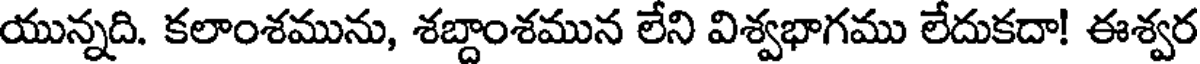
యున్నది. కలాంశమును, శబ్దాంశమున లేని విశ్వభాగము లేదుకదా! ఈశ్వర